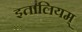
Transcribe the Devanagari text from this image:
इतालियम्